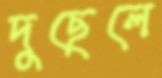
দুছেলে